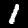
Digit: 1